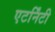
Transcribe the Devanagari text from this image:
एटर्निंटी